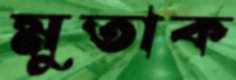
মুতাক